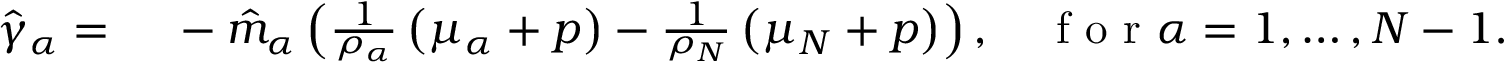
\begin{array} { r l } { \hat { \gamma } _ { \alpha } = } & { { } ~ - \hat { m } _ { \alpha } \left( \frac { 1 } { \rho _ { \alpha } } \left( \mu _ { \alpha } + p \right) - \frac { 1 } { \rho _ { N } } \left( \mu _ { N } + p \right) \right) , \quad \mathrm { ~ f ~ o ~ r ~ } \alpha = 1 , \dots , N - 1 . } \end{array}